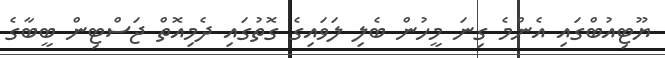
ޔޫޓިއުބްގައި އެންމެ ގިނަ މީހުން ބެލި ލަވައިގެ ގޮތުގައި ދެމިއޮތް ޖަސްޓިން ބީބާގެ